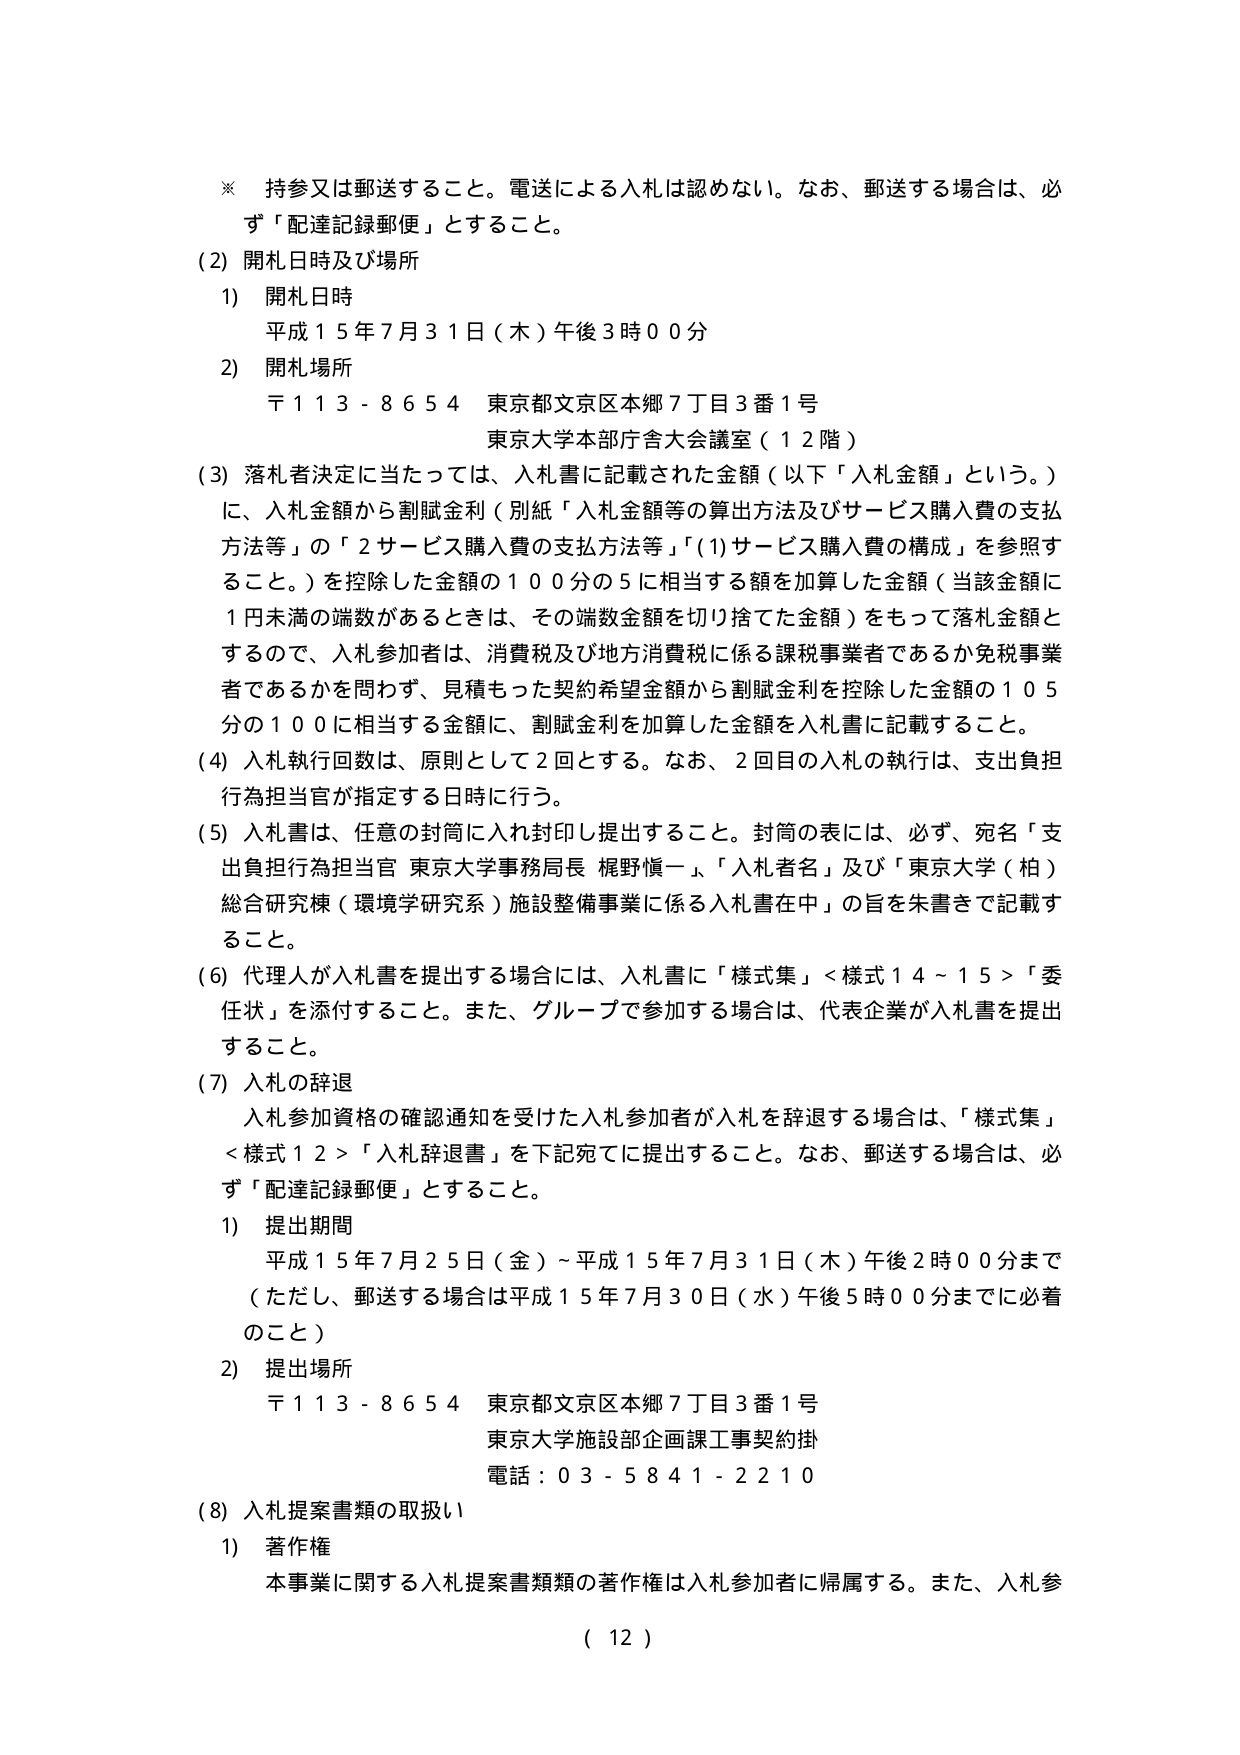
※ 持参又は郵送すること。電送による入札は認めない。なお、郵送する場合は、必ず「配達記録郵便」とすること。

(2) 開札日時及び場所
1) 開札日時
　　平成15年7月31日（木）午後3時00分
2) 開札場所
　　〒113-8654 東京都文京区本郷7丁目3番1号
　　　　　　　　　東京大学本部庁舎大会議室（12階）

(3) 落札者決定に当たっては、入札書に記載された金額（以下「入札金額」という。）に、入札金額から割賦金利（別紙「入札金額等の算出方法及びサービス購入費の支払方法等」の「2 サービス購入費の支払方法等」「(1) サービス購入費の構成」を参照すること。）を控除した金額の100分の5に相当する額を加算した金額（当該金額に1円未満の端数があるときは、その端数金額を切り捨てた金額）をもって落札金額とするので、入札参加者は、消費税及び地方消費税に係る課税事業者であるか免税事業者であるかを問わず、見積もった契約希望金額から割賦金利を控除した金額の105分の100に相当する金額に、割賦金利を加算した金額を入札書に記載すること。

(4) 入札執行回数は、原則として2回とする。なお、2回目の入札の執行は、支出負担行為担当官が指定する日時に行う。

(5) 入札書は、任意の封筒に入れ封印し提出すること。封筒の表には、必ず、宛名「支出負担行為担当官 東京大学事務局長 梶野愼一」、「入札者名」及び「東京大学（柏）総合研究棟（環境学研究系）施設整備事業に係る入札書在中」の旨を朱書きで記載すること。

(6) 代理人が入札書を提出する場合には、入札書に「様式集」<様式14～15>「委任状」を添付すること。また、グループで参加する場合は、代表企業が入札書を提出すること。

(7) 入札の辞退
　　入札参加資格の確認通知を受けた入札参加者が入札を辞退する場合は、「様式集」<様式12>「入札辞退書」を下記宛てに提出すること。なお、郵送する場合は、必ず「配達記録郵便」とすること。
1) 提出期間
　　平成15年7月25日（金）～平成15年7月31日（木）午後2時00分まで
　　（ただし、郵送する場合は平成15年7月30日（水）午後5時00分までに必着のこと）
2) 提出場所
　　〒113-8654 東京都文京区本郷7丁目3番1号
　　　　　　　　　東京大学施設部企画課工事契約掛
　　　　　　　　　電話：03-5841-2210

(8) 入札提案書類の取扱い
1) 著作権
　　本事業に関する入札提案書類類の著作権は入札参加者に帰属する。また、入札参

（12）